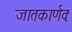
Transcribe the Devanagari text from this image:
जातकार्णवः